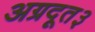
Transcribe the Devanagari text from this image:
अग्रदूत३